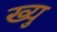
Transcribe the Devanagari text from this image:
ख्यु